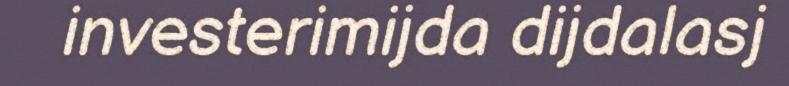
investerimijda dijdalasj